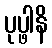
ပုပ္ဖါနိ